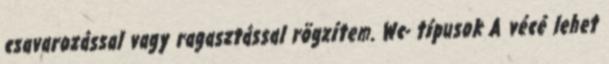
csavarozással vagy ragasztással rögzítem. Wc- típusok A vécé lehet